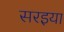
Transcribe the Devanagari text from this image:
सरइया